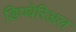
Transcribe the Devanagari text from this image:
डिप्थेरिअल